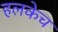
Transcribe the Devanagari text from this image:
हलकेच